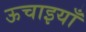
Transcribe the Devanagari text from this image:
ऊचाइयाँ